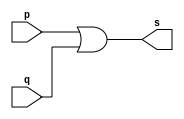
// ------------------------- 
// Exemplo0015 - or 
// Nome: Rafael Santos Moura
// ------------------------- 

// --------------------- 
// -- or gate 
// --------------------- 
	module orgate (output s, input p, input q); 
	assign s = p | q; 
	endmodule // or

// --------------------- 
// -- test orgate 
// --------------------- 

	module testorgate; 

// ------------------------- dados locais 
	reg a,b,c,d; // definir registrador 
	wire s1, s2, s; // definir conexao (fio) 
	
// ------------------------- instancia 
	orgate OR1 (s1, a, b); 
	orgate OR2 (s2, s1, c);
	orgate OR3 (s, s2, d);

// ------------------------- preparacao 
	initial begin:start 
	a=0;
	b=0;
	c=0;
	d=0;
end 

// ------------------------- parte principal 
	initial begin:main 
	$display("Exemplo0015 - Rafael Santos Moura - 441705"); 
	$display("Test or gate"); 
	$display("\n a | b | c | d = s\n"); 
	$monitor(" %b | %b | %b | %b = %b", a, b, c, d, s); 
	#1 a=0; b=0; c=0; d=0;
	#1 a=0; b=0; c=0; d=1;
	#1 a=0; b=0; c=1; d=0;
	#1 a=0; b=0; c=1; d=1;
	#1 a=0; b=1; c=0; d=0;
	#1 a=0; b=1; c=0; d=1;
	#1 a=0; b=1; c=1; d=1;
	#1 a=1; b=0; c=0; d=0;
	#1 a=1; b=0; c=0; d=1;
	#1 a=1; b=0; c=1; d=0;
	#1 a=1; b=0; c=1; d=1;
	#1 a=1; b=1; c=0; d=0;
	#1 a=1; b=1; c=0; d=1;
	#1 a=1; b=1; c=1; d=0;
	#1 a=1; b=1; c=1; d=1;
end 

endmodule // testorgate